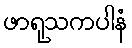
ဖာရုသကပါနံ